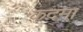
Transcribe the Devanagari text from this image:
कदमा